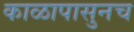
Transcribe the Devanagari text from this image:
काळापासुनच